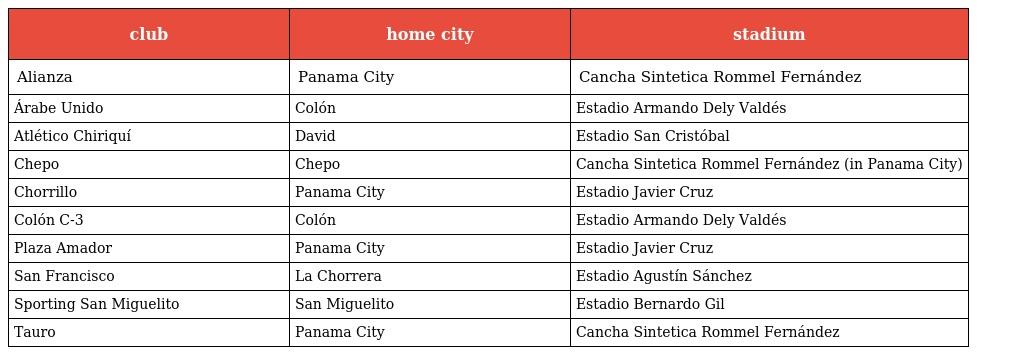
| club | home city | stadium |
 | --- | --- | --- |
 | Alianza | Panama City | Cancha Sintetica Rommel Fernández |
 | Árabe Unido | Colón | Estadio Armando Dely Valdés |
 | Atlético Chiriquí | David | Estadio San Cristóbal |
 | Chepo | Chepo | Cancha Sintetica Rommel Fernández (in Panama City) |
 | Chorrillo | Panama City | Estadio Javier Cruz |
 | Colón C-3 | Colón | Estadio Armando Dely Valdés |
 | Plaza Amador | Panama City | Estadio Javier Cruz |
 | San Francisco | La Chorrera | Estadio Agustín Sánchez |
 | Sporting San Miguelito | San Miguelito | Estadio Bernardo Gil |
 | Tauro | Panama City | Cancha Sintetica Rommel Fernández |